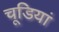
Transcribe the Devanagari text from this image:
चूडियां